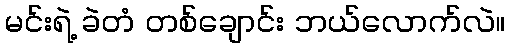
မင်းရဲ့ ခဲတံ တစ်ချောင်း ဘယ်လောက်လဲ။